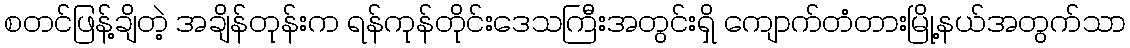
စတင်ဖြန့်ချိတဲ့ အချိန်တုန်းက ရန်ကုန်တိုင်းဒေသကြီးအတွင်းရှိ ကျောက်တံတားမြို့နယ်အတွက်သာ